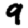
Digit: 9